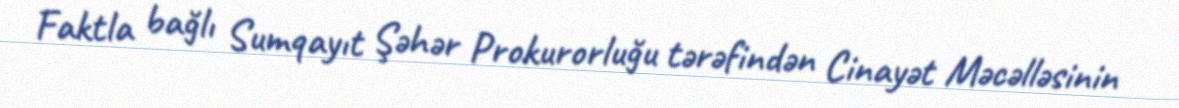
Faktla bağlı Sumqayıt Şəhər Prokurorluğu tərəfindən Cinayət Məcəlləsinin